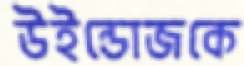
উইন্ডোজকে